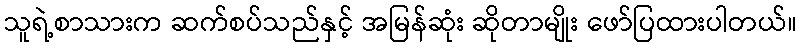
သူရဲ့စာသားက ဆက်စပ်သည်နှင့် အမြန်ဆုံး ဆိုတာမျိုး ဖော်ပြထားပါတယ်။